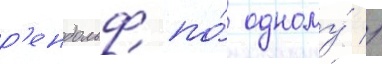
р'ендольф по́ одному́ //